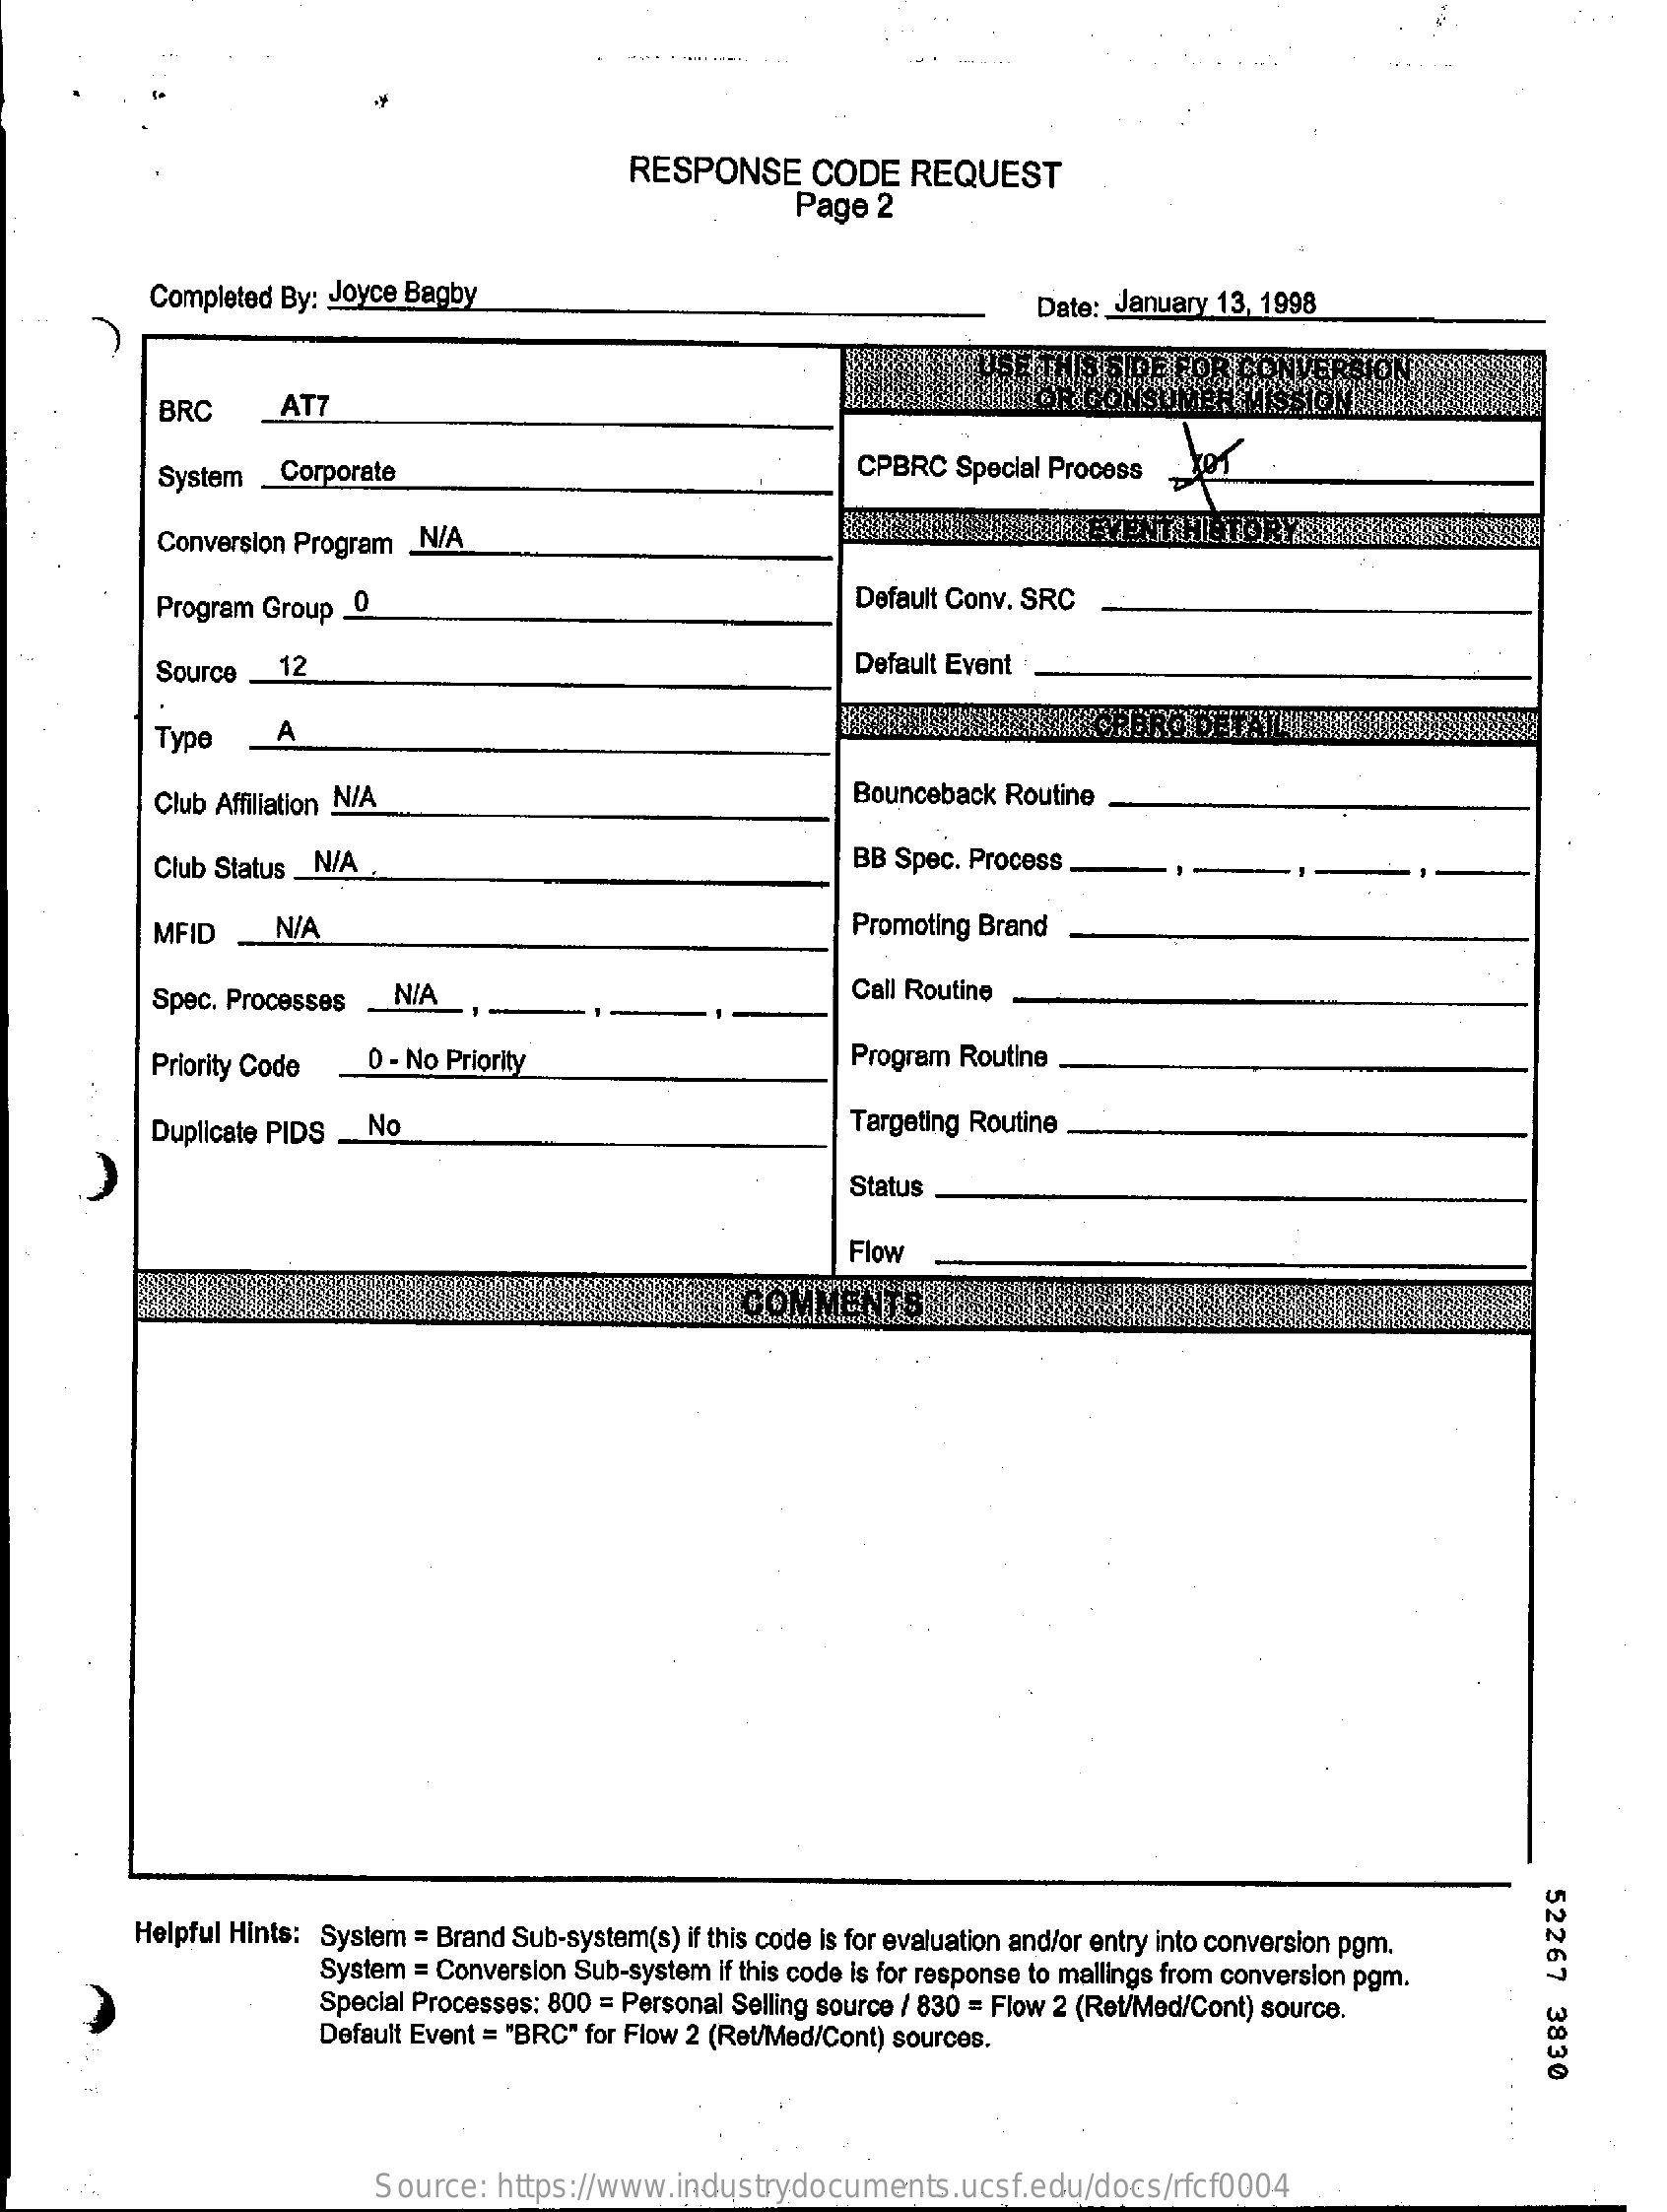
RESPONSE    CODE   REQUEST
     Page  2
     Completed By: Joyce Bagby    Date: January 13, 1998
     BRC    AT7    CON
     System . Corporate    CPBRC  Special Process
     Conversion Program _N/A
     Program Group _0    Default Conv. SRC
     Source _12    Default Event
     Type    A
     Club Affiliation N/A    Bounceback Routine
     Club Status _N/A    BB Spec. Process
     MFID    N/A    Promoting Brand
     Spec. Processes   N/A    Call Routine
     Priority Code   0 - No Priority    Program Routine
     Duplicate PIDS  No    Targeting Routine
     Status
     Flow
     52267
     3830
     Helpful Hints: System = Brand Sub-system(s) if this code is for evaluation and/or entry into conversion pgm.
     System = Conversion Sub-system if this code is for response to mallings from conversion pgm.
     Special Processes: 800 = Personal Selling source / 830 = Flow 2 (Ret/Med/Cont) source.
     Default Event = "BRC" for Flow 2 (Ret/Med/Cont) sources.
     Source:  https://www.industrydocuments.ucsf.edu/docs/rfcf0004